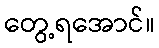
တွေ့ရအောင်။